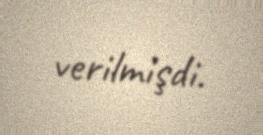
verilmişdi.